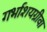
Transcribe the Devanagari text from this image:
गर्भाशयग्रीवा